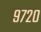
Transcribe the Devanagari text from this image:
९७२०